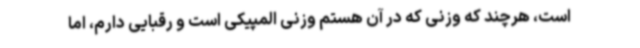
است، هرچند که وزنی که در آن هستم وزنی المپیکی است و رقبایی دارم، اما